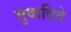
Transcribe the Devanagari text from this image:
सुवादिवे